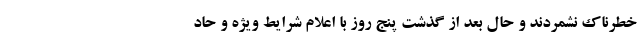
خطرناک نشمردند و حال بعد از گذشت پنج روز با اعلام شرایط ویژه و حاد